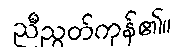
ညီညွတ်ကုန်၏။